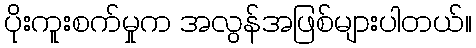
ပိုးကူးစက်မှုက အလွန်အဖြစ်များပါတယ်။